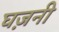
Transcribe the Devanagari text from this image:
घज़नी